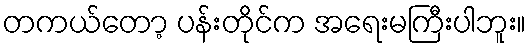
တကယ်တော့ ပန်းတိုင်က အရေးမကြီးပါဘူး။